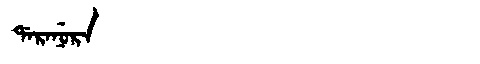
Manchu: ᡩᠠᡵᠠᠨᡠᡵᠠ
Romanization: DARANURA